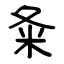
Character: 夈